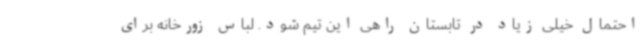
احتمال خیلی زیاد در تابستان راهی این تیم شود. لباس زورخانه‌ برای